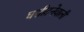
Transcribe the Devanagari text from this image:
घसीटनेवाली